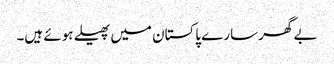
بے گھر سارے پاکستان میں پھیلے ہوئے ہیں۔